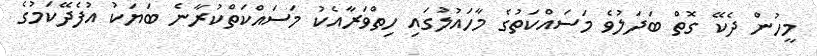
މީހުން ދެކޭ ގޮތް ބަދަލުވެ މަސައްކަތުގެ މާހައުލުގައި ހިތްވަރާއެކު މަސައްކަތްކުރާނެ ބަޔަކު އުފެދޭކަމުގެ